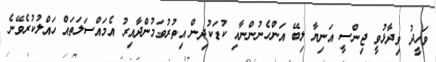
ވަހީދު ވިދާޅުވީ ޖިންސީ އަނިޔާ ލިބޭ އަންހެނުންނާއި ކުޑަކުދިން އިތުރުވަމުންދާއިރު އެމައްސަލަތައް ހައްލުކުރެވޭނެ